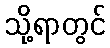
သို့ရာတွင်